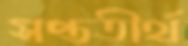
সপ্ততীর্থ